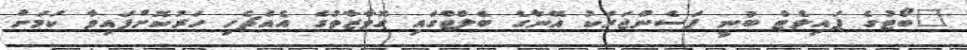
"ބޯޓުގެ ޕައިލެޓް ބުނީ ޕަސެންޖަރަކު އޭނާގެ ބެލްޓްގައި ގޮވާޒާތުގެ އެއްޗެހި ހަރުކޮށްފައިވާ ކަމަށް